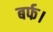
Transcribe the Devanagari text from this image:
बर्फ।